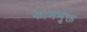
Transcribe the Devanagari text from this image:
काममुक्त